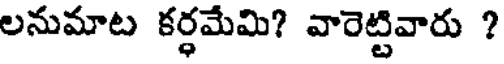
లనుమాట కర్ధమేమి? వారెట్టివారు ?